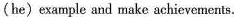
(he)example and make achievements.